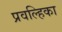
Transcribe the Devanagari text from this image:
प्रवल्हिका